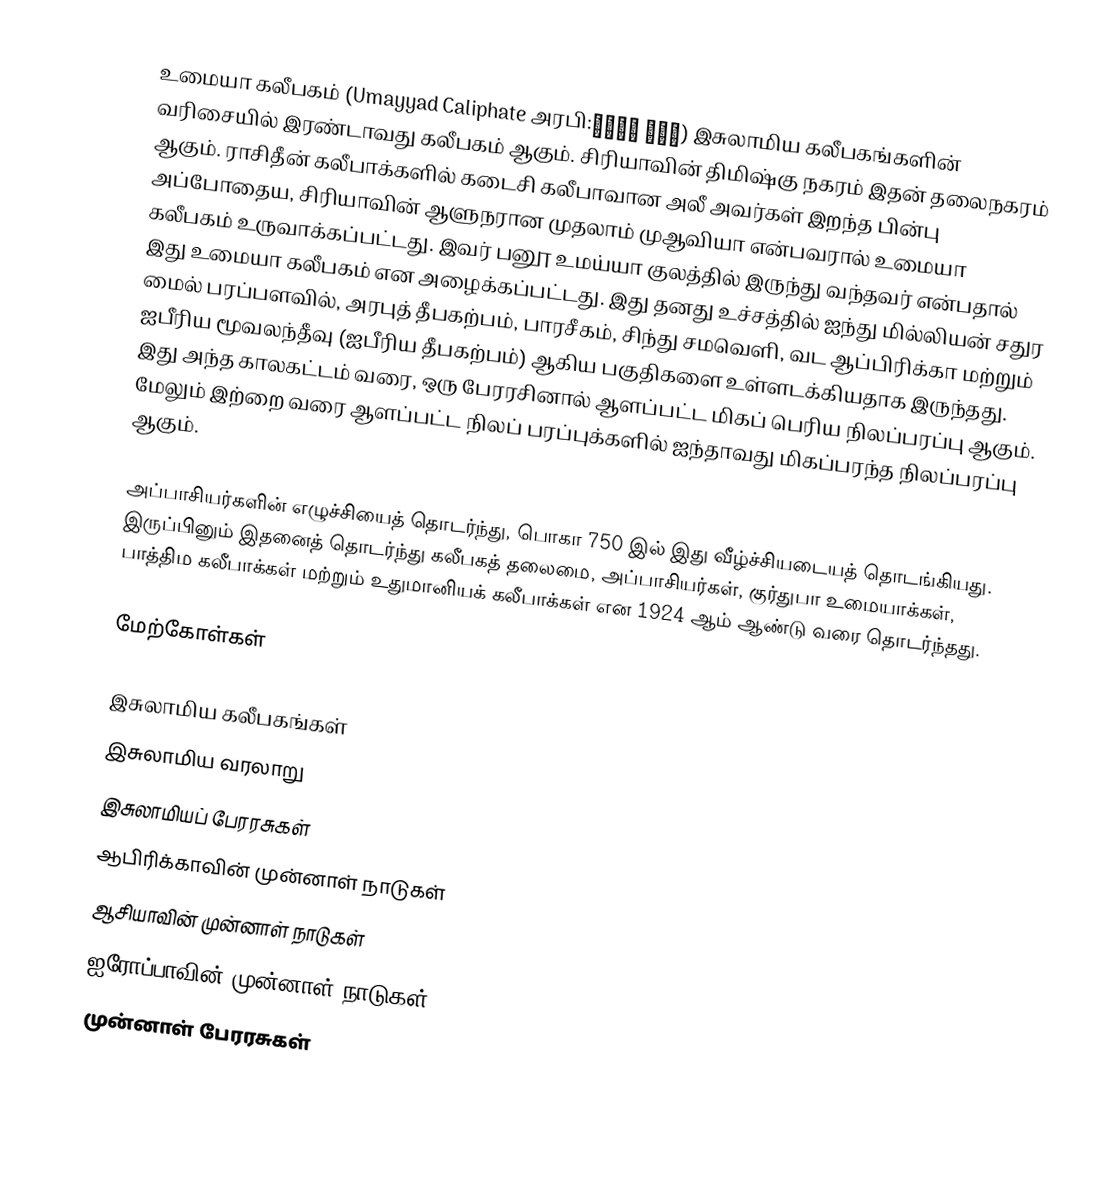
உமையா கலீபகம் (Umayyad Caliphate அரபி:بنو أمية) இசுலாமிய கலீபகங்களின் வரிசையில் இரண்டாவது கலீபகம் ஆகும். சிரியாவின் திமிஷ்கு நகரம் இதன் தலைநகரம் ஆகும். ராசிதீன் கலீபாக்களில் கடைசி கலீபாவான அலீ அவர்கள் இறந்த பின்பு அப்போதைய, சிரியாவின் ஆளுநரான முதலாம் முஆவியா என்பவரால் உமையா கலீபகம் உருவாக்கப்பட்டது. இவர் பனூ உமய்யா குலத்தில் இருந்து வந்தவர் என்பதால் இது உமையா கலீபகம் என அழைக்கப்பட்டது. இது தனது உச்சத்தில் ஐந்து மில்லியன் சதுர மைல் பரப்பளவில், அரபுத் தீபகற்பம், பாரசீகம், சிந்து சமவெளி, வட ஆப்பிரிக்கா மற்றும் ஐபீரிய மூவலந்தீவு (ஐபீரிய தீபகற்பம்) ஆகிய பகுதிகளை உள்ளடக்கியதாக இருந்தது. இது அந்த காலகட்டம் வரை, ஒரு பேரரசினால் ஆளப்பட்ட மிகப் பெரிய நிலப்பரப்பு ஆகும். மேலும் இற்றை வரை ஆளப்பட்ட நிலப் பரப்புக்களில் ஐந்தாவது மிகப்பரந்த நிலப்பரப்பு ஆகும்.

அப்பாசியர்களின் எழுச்சியைத் தொடர்ந்து, பொகா 750 இல் இது வீழ்ச்சியடையத் தொடங்கியது. இருப்பினும் இதனைத் தொடர்ந்து கலீபகத் தலைமை, அப்பாசியர்கள், குர்துபா உமையாக்கள், பாத்திம கலீபாக்கள் மற்றும் உதுமானியக் கலீபாக்கள் என 1924 ஆம் ஆண்டு வரை தொடர்ந்தது.

மேற்கோள்கள்

இசுலாமிய கலீபகங்கள்
இசுலாமிய வரலாறு
இசுலாமியப் பேரரசுகள்
ஆபிரிக்காவின் முன்னாள் நாடுகள்
ஆசியாவின் முன்னாள் நாடுகள்
ஐரோப்பாவின் முன்னாள் நாடுகள்
முன்னாள் பேரரசுகள்